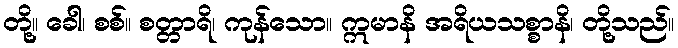
တို့။ ခေါ၊ စစ်။ စတ္တာရိ၊ ကုန်သော။ ဣမာနိ အရိယသစ္စာနိ၊ တို့သည်။